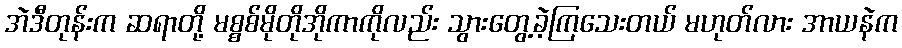
အဲဒီတုန်းက ဆရာတို့ မစ္စစ်မိုတိုအိုကာကိုလည်း သွားတွေ့ခဲ့ကြသေးတယ် မဟုတ်လား အာယနဲက